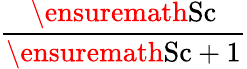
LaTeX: \displaystyle\frac{\ensuremath{\mathrm{Sc}}}{\ensuremath{\mathrm{Sc}}+1}